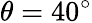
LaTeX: \theta=40^{\circ}